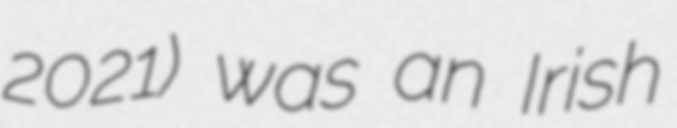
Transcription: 2021) was an Irish